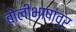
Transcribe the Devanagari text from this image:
बोलीभाषांवर